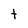
Character: t